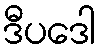
ဒီပဒေါ